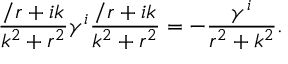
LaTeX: { \frac { \slash { r } + i k } { k ^ { 2 } + r ^ { 2 } } } \gamma ^ { i } { \frac { \slash { r } + i k } { k ^ { 2 } + r ^ { 2 } } } = - { \frac { \gamma ^ { i } } { r ^ { 2 } + k ^ { 2 } } } .